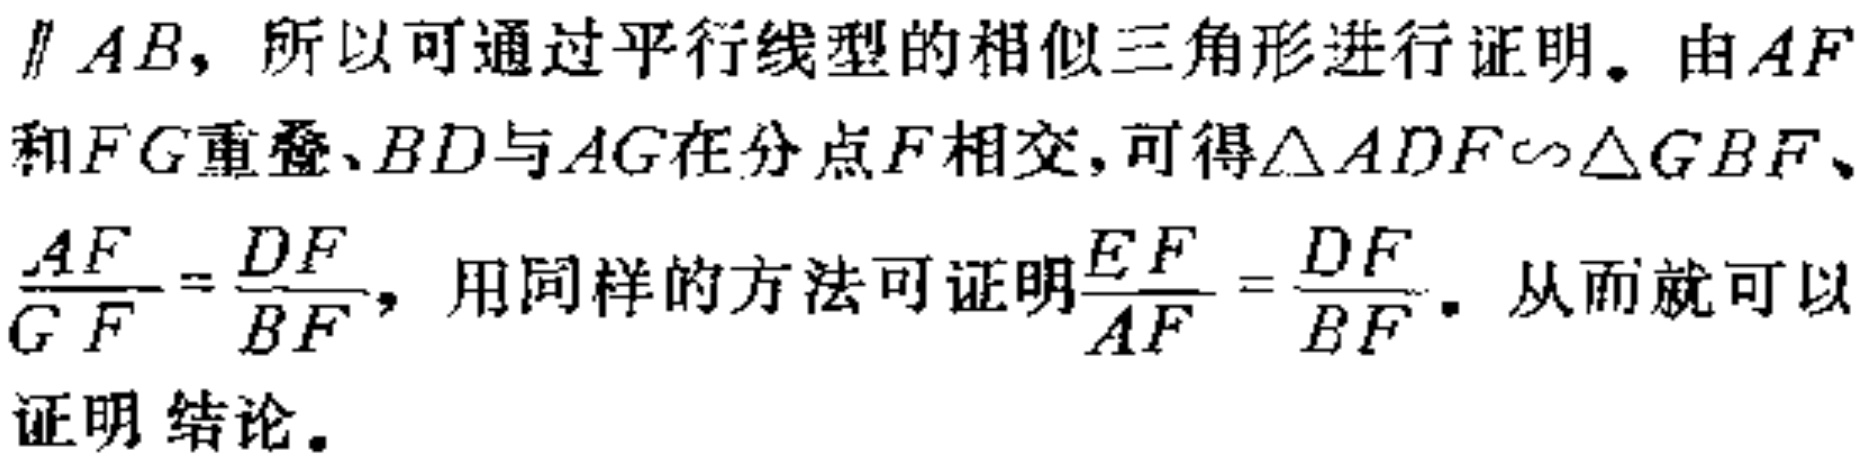
$// AB，所以可通过平行线型的相似三角形进行证明。由AF和FG重叠、BD与AG在分点F相交, 可得\triangle ADF\sim\triangle GBF、\frac{AF}{GF}=\frac{DF}{BF}，用同样的方法可证明\frac{EF}{AF}=\frac{DF}{BF}。从而就可以证明结论。$